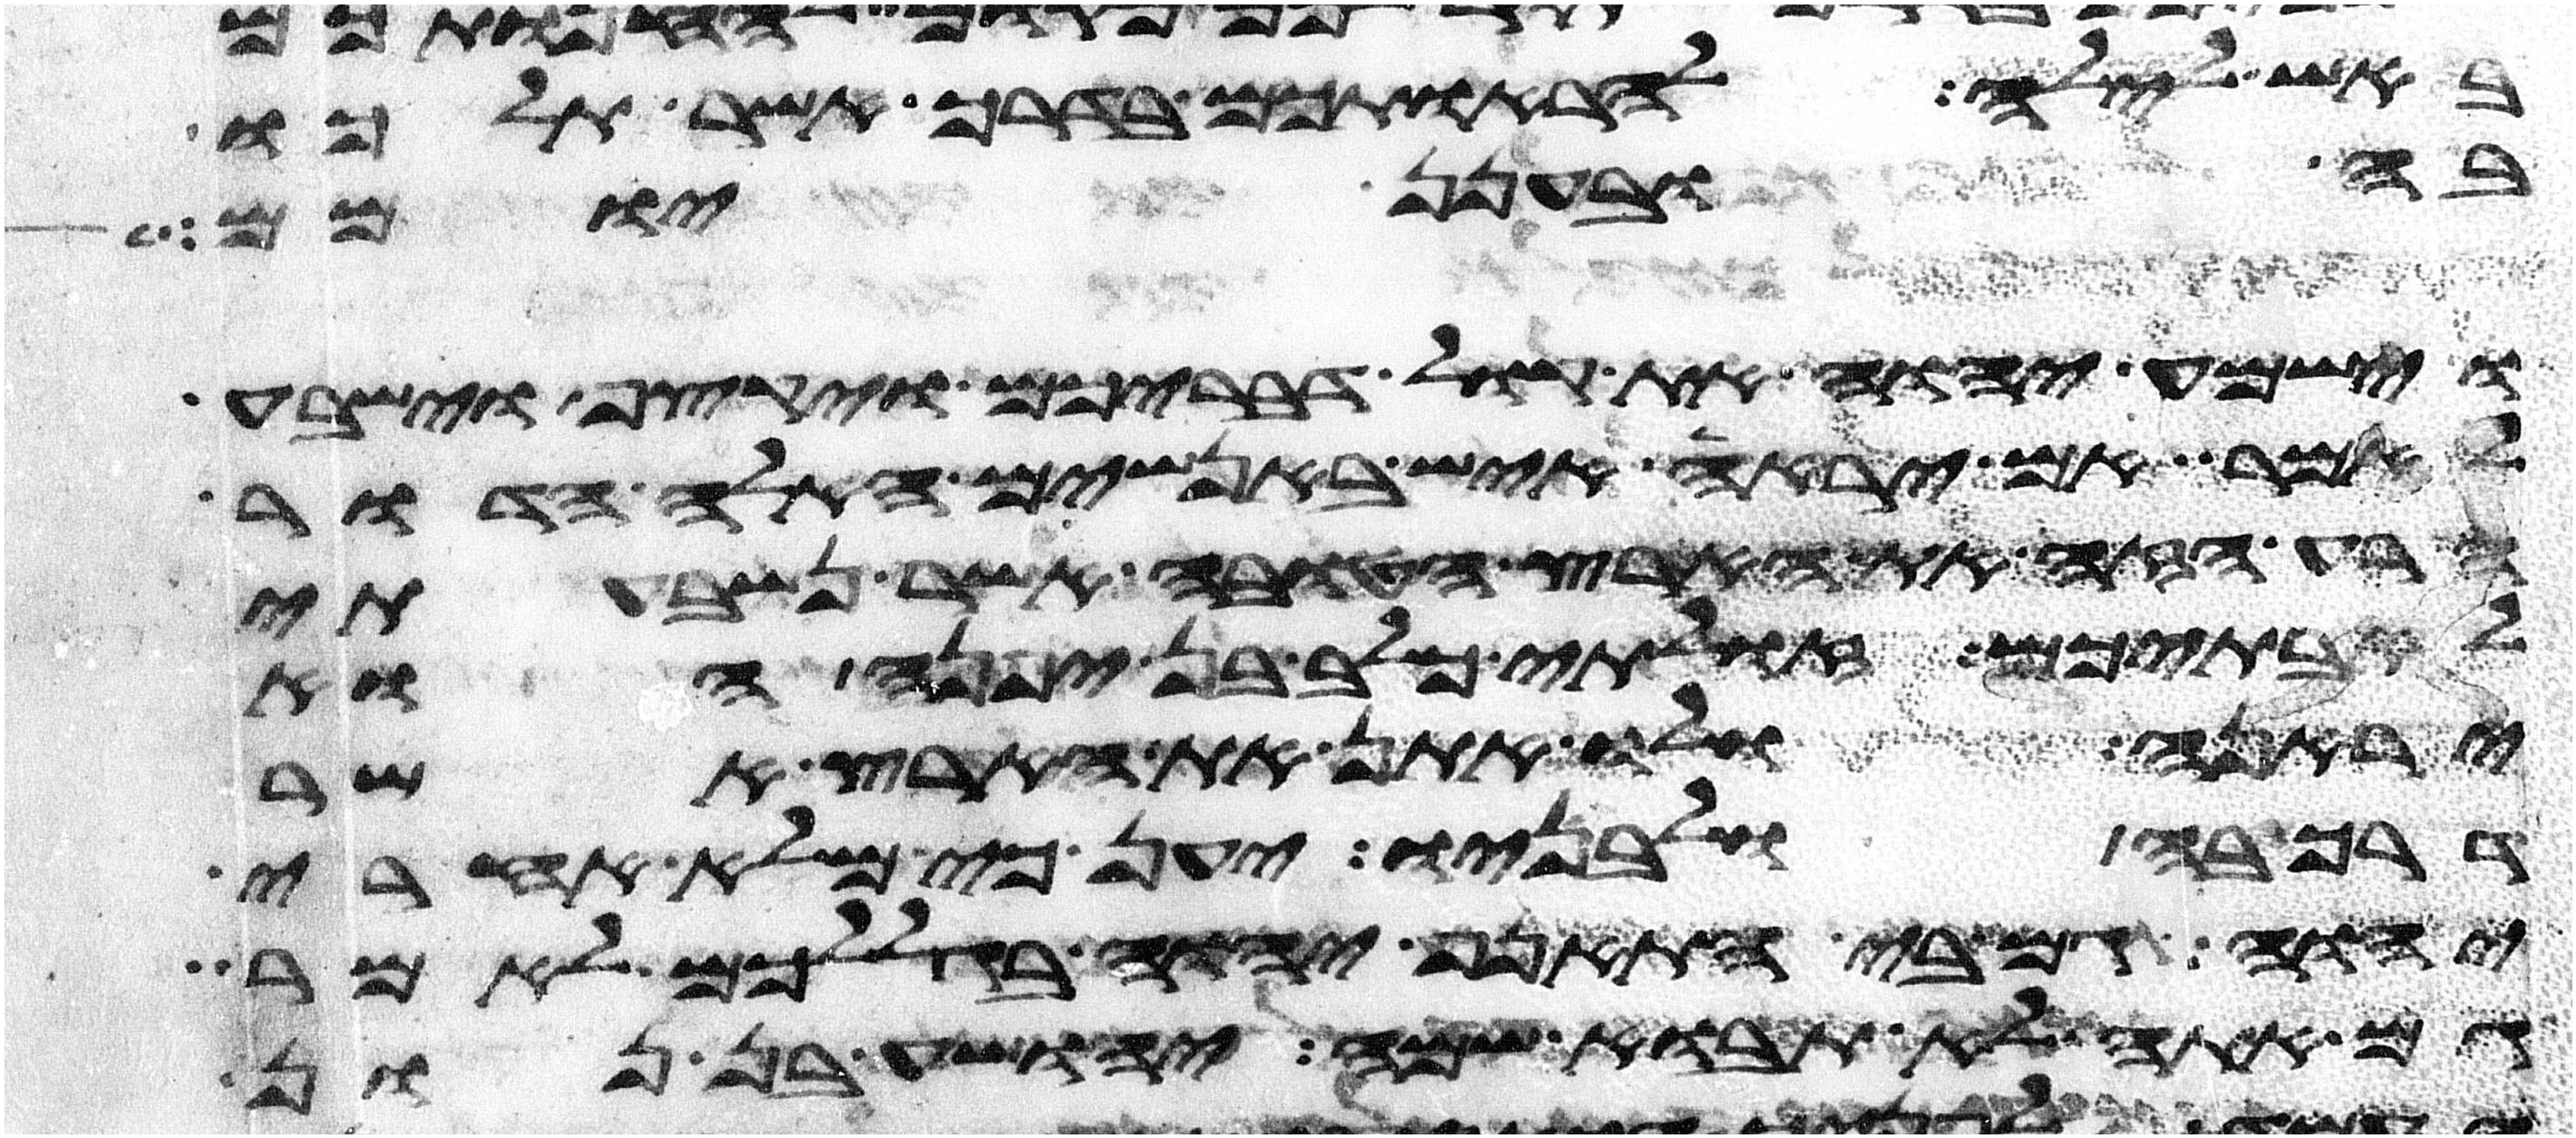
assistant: באש לילה להראותכם בדרך אשר תלכו
בה ובענן יומם
וישמע יהוה את קול דבריכם ויקצף וישבע
לאמר אם יראה איש באנשים האלה הדור
הרע הזה את הארץ הטובה אשר נשבעתי
לאבתיכם זולתי כלב בן יפנה הוא
יראנה ולו אתן את הארץ אשר
דרך בה ולבניו יען כי מלא אחרי
יהוה גם בי התאנף יהוה בגללכם לאמר
גם אתה לא תבוא שמה יהושע בן נון